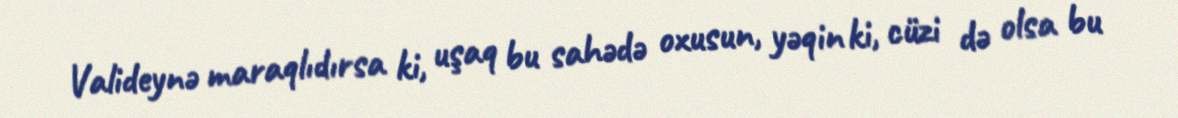
Valideynə maraqlıdırsa ki, uşaq bu sahədə oxusun, yəqin ki, cüzi də olsa bu